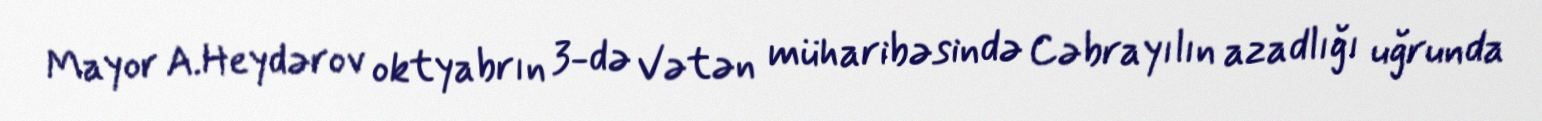
Mayor A.Heydərov oktyabrın 3-də Vətən müharibəsində Cəbrayılın azadlığı uğrunda